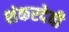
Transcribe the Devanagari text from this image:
शंकरदेवी